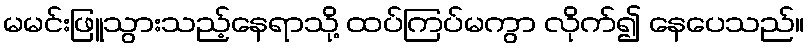
မမင်းဖြူသွားသည့်နေရာသို့ ထပ်ကြပ်မကွာ လိုက်၍ နေပေသည်။